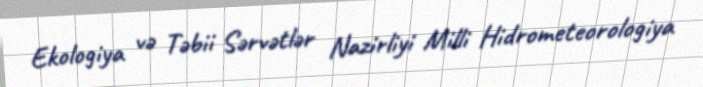
Ekologiya və Təbii Sərvətlər Nazirliyi Milli Hidrometeorologiya